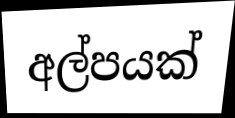
අල්පයක්